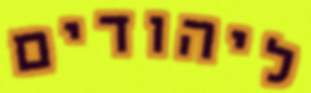
ליהודים